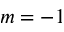
m = - 1